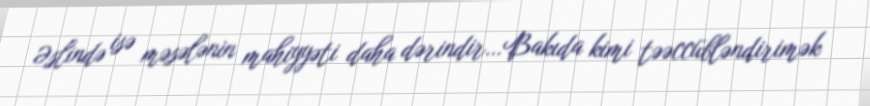
Əslində isə məsələnin mahiyyəti daha dərindir…Bakıda kimi təəccübləndirimək